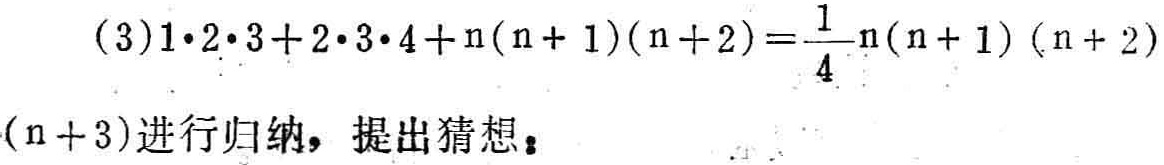
(3)$1\cdot2\cdot3 + 2\cdot3\cdot4 + n(n + 1)(n + 2)=\frac{1}{4}n(n + 1)(n + 2)(n + 3)$进行归纳，提出猜想。